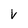
Character: V